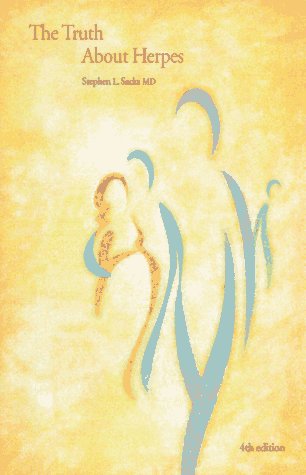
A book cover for The Truth About Herpes; Stephen L. Sacks; Health, Fitness & Dieting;